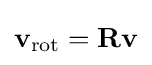
\mathbf {v} _{\mathrm {rot} }=\mathbf {R} \mathbf {v}